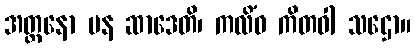
အတ္တနော ပန ဆာဒေတိ၊ ကလိံဝ ကိတဝါ သဌော။